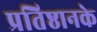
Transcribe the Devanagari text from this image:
प्रतिष्ठानके